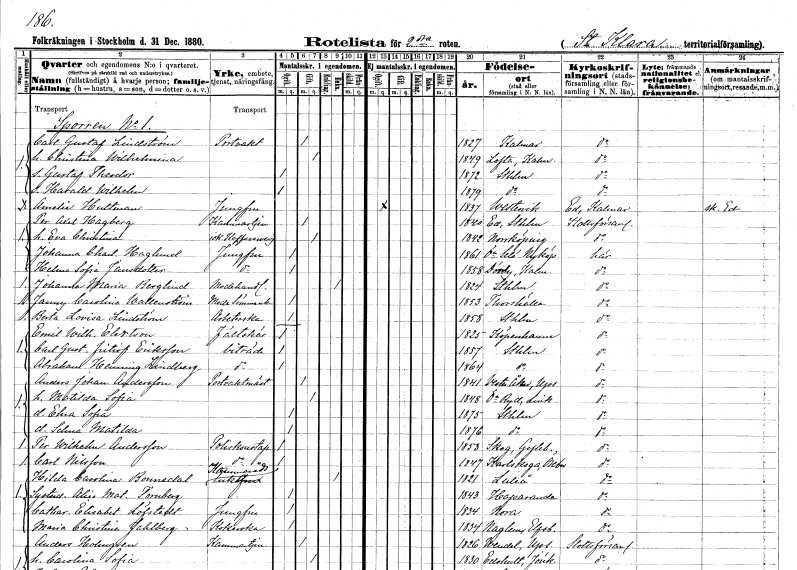
gt_parse: households: individuals: FN: Carl Gustaf
EN: Lindström
YRKE: Portvakt
KON: M
CIV: G
FODAR: 1827
FODFORS: Kalmar Kalmar län
FN: Christina Wilhelmina
KON: K
CIV: G
FODAR: 1849
FODFORS: Lofta Kalmar län
FN: Gustaf Theodor
KON: M
CIV: O
FODAR: 1872
FODFORS: Stockholm
FN: Harald Wilhelm
KON: M
CIV: O
FODAR: 1879
FODFORS: Stockholm
FN: Amelia
EN: Hultman
YRKE: Jungfru
KON: K
CIV: O
FODAR: 1837
FODFORS: Västervik Kalmar län
FN: Per Axel
EN: Hagberg
YRKE: Kammartjänare
KON: M
CIV: G
FODAR: 1840
FODFORS: Ed Stockholms län
FN: Eva Christina
YRKE: Kaféidkerska
KON: K
CIV: G
FODAR: 1842
FODFORS: Norrköping Östergötlands län
FN: Johanna Charlotta
EN: Haglund
YRKE: Jungfru
KON: K
CIV: O
FODAR: 1861
FODFORS: Överselö Södermanlands län
FN: Helena Sofia
EN: Jansdotter
YRKE: Jungfru
KON: K
CIV: O
FODAR: 1858
FODFORS: Dörby Kalmar län
FN: Johanna Maria
EN: Berglind
YRKE: Modehandlerska
KON: K
CIV: E
FODAR: 1824
FODFORS: Stockholm
FN: Fanny Carolina
EN: Wallenström
YRKE: Modesömmerska
KON: K
CIV: O
FODAR: 1853
FODFORS: Torshälla Södermanlands län
FN: Berta Lovisa
EN: Lindström
YRKE: Arbeterska
KON: K
CIV: O
FODAR: 1858
FODFORS: Stockholm
FN: Emil Wilhelm
EN: Elertson
YRKE: Fältskär
KON: M
CIV: O
FODAR: 1825
FN: Carl Gustaf Fritiof
EN: Eriksson
YRKE: Biträde
KON: M
CIV: O
FODAR: 1857
FODFORS: Stockholm
FN: Abraham Henning
EN: Lindberg
YRKE: Biträde
KON: M
CIV: O
FODAR: 1864
FODFORS: Stockholm
FN: Anders Johan
EN: Andersson
YRKE: Postvaktmästare
KON: M
CIV: G
FODAR: 1841
FODFORS: Västeråker Uppsala län
FN: Matilda Sofia
KON: K
CIV: G
FODAR: 1848
FODFORS: Östra Ryd Östergötlands län
FN: Elna Sofia
KON: K
CIV: O
FODAR: 1875
FODFORS: Stockholm
FN: Selma Matilda
KON: K
CIV: O
FODAR: 1876
FODFORS: Stockholm
FN: Per Wilhelm
EN: Andersson
YRKE: Poliskonstapel
KON: M
CIV: O
FODAR: 1853
FODFORS: Skog Gävleborgs län
FN: Carl
EN: Nilsson
YRKE: Poliskonstapel
KON: M
CIV: O
FODAR: 1847
FODFORS: Karlskoga Örebro län